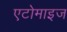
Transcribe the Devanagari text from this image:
एटोमाइज